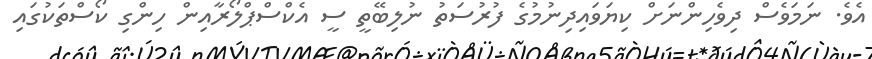
އެވެ. ނަމަވެސް ދިވެހިންނަށް ކިޔަވައިދިނުމުގެ ފުރުސަތު ނުލިބޭތީ ސީ އެކްސްޕްލޯރާއިން ހިންގި ކޯސްތަކުގައި